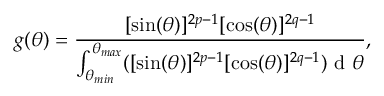
g ( \theta ) = \frac { [ \sin ( \theta ) ] ^ { 2 p - 1 } [ \cos ( \theta ) ] ^ { 2 q - 1 } } { \int _ { \theta _ { m i n } } ^ { \theta _ { m a x } } ( [ \sin ( \theta ) ] ^ { 2 p - 1 } [ \cos ( \theta ) ] ^ { 2 q - 1 } ) \mathrm { ~ d ~ } \theta } ,